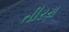
તીરથ